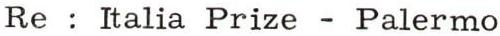
Re : Italia Prize - Palermo